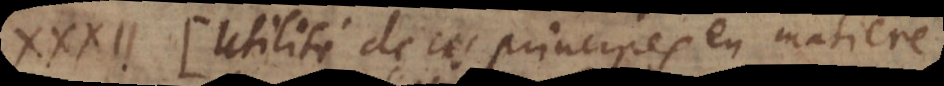
XXXII. Utilité de ces principes en matiere